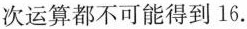
次运算都不可能得到16.